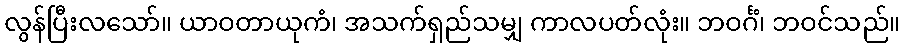
လွန်ပြီးလသော်။ ယာဝတာယုကံ၊ အသက်ရှည်သမျှ ကာလပတ်လုံး။ ဘဝင်္ဂံ၊ ဘဝင်သည်။